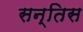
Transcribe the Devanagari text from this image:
सन्तिस